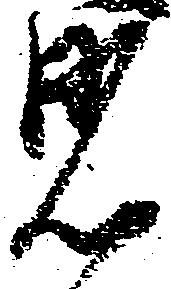
見